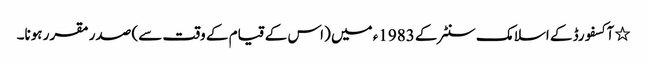
٭ آکسفورڈ کے اسلامک سنٹر کے 1983ء میں (اس کے قیام کے وقت سے) صدر مقرر ہونا۔